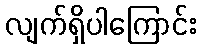
လျက်ရှိပါကြောင်း